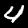
Label: 4